Vaccine operations Central Provinces 1886-1899 - 1886-1899
Year: 1886
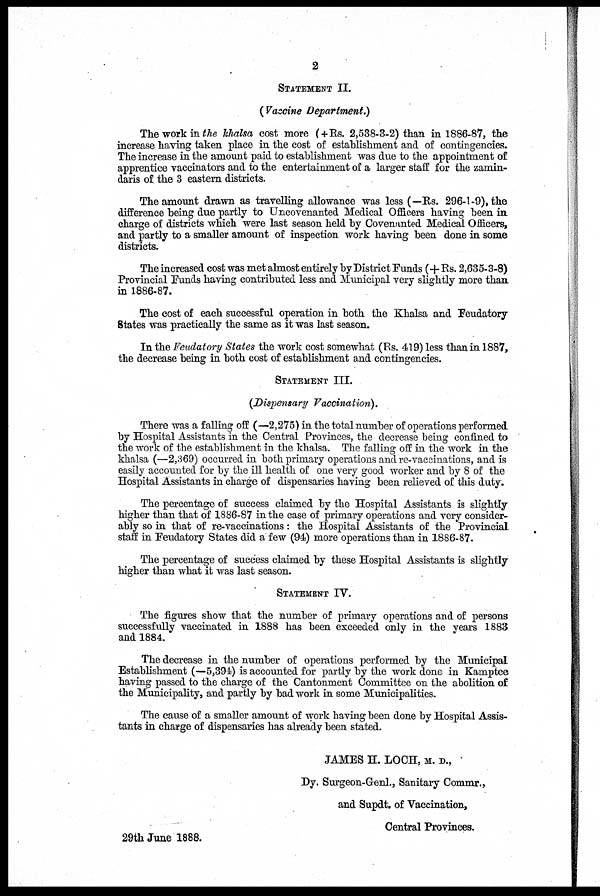
2
STATEMENT II.
( Vaccine Department.)
The work in the khalsa cost more (+Rs. 2,538-3-2) than in 1886-87, the
increase having taken place in the cost of establishment and of contingencies.
The increase in the amount paid to establishment was due to the appointment of
apprentice vaccinators and to the entertainment of a larger staff for the zamin¬
daris of the 3 eastern districts.
The amount drawn as travelling allowance was less (-Rs. 296-1-9), the
difference being due partly to Uncovenanted Medical Officers having been in
charge of districts which were last season held by Covenanted Medical Officers,
and partly to a smaller amount of inspection work having been done in some
districts.
The increased cost was met almost entirely by District Funds (+Rs. 2,635-3-8)
Provincial Funds having contributed less and Municipal very slightly more than
in 1886-87.
The cost of each successful operation in both the Khalsa and Feudatory
States was practically the same as it was last season.
In the Feudatory States the work cost somewhat (Rs. 419) less than in 1887,
the decrease being in both cost of establishment and contingencies.
STATEMENT III.
(Dispensary Vaccination).
There was a falling off (—2,275) in the total number of operations performed
by Hospital Assistants in the Central Provinces, the decrease being confined to
the work of the establishment in the khalsa. The falling off in the work in the
khalsa (—2,369) occurred in both primary operations and re-vaccinations, and is
easily accounted for by the ill health of one very good worker and by 8 of the
Hospital Assistants in charge of dispensaries having been relieved of this duty.
The percentage of success claimed by the Hospital Assistants is slightly
higher than that of 1886-87 in the case of primary operations and very consider-
ably so in that of re-vaccinations: the Hospital Assistants of the Provincial
staff in Feudatory States did a few (94) more operations than in 1886-87.
The percentage of success claimed by these Hospital Assistants is slightly
higher than what it was last season.
STATEMENT IV.
The figures show that the number of primary operations and of persons
successfully vaccinated in 1888 has been exceeded only in the years 1883
and 1884.
The decrease in the number of operations performed by the Municipal
Establishment (-5,394) is accounted for partly by the work done in Kamptee
having passed to the charge of the Cantonment Committee on the abolition of
the Municipality, and partly by bad work in some Municipalities.
The cause of a smaller amount of work having been done by Hospital Assis-
tants in charge of dispensaries has already been stated.
JAMES H. LOCH, M. D.,
Dy. Surgeon-Genl., Sanitary Commr.,
and Supdt. of Vaccination,
Central Provinces.
29th June 1888.